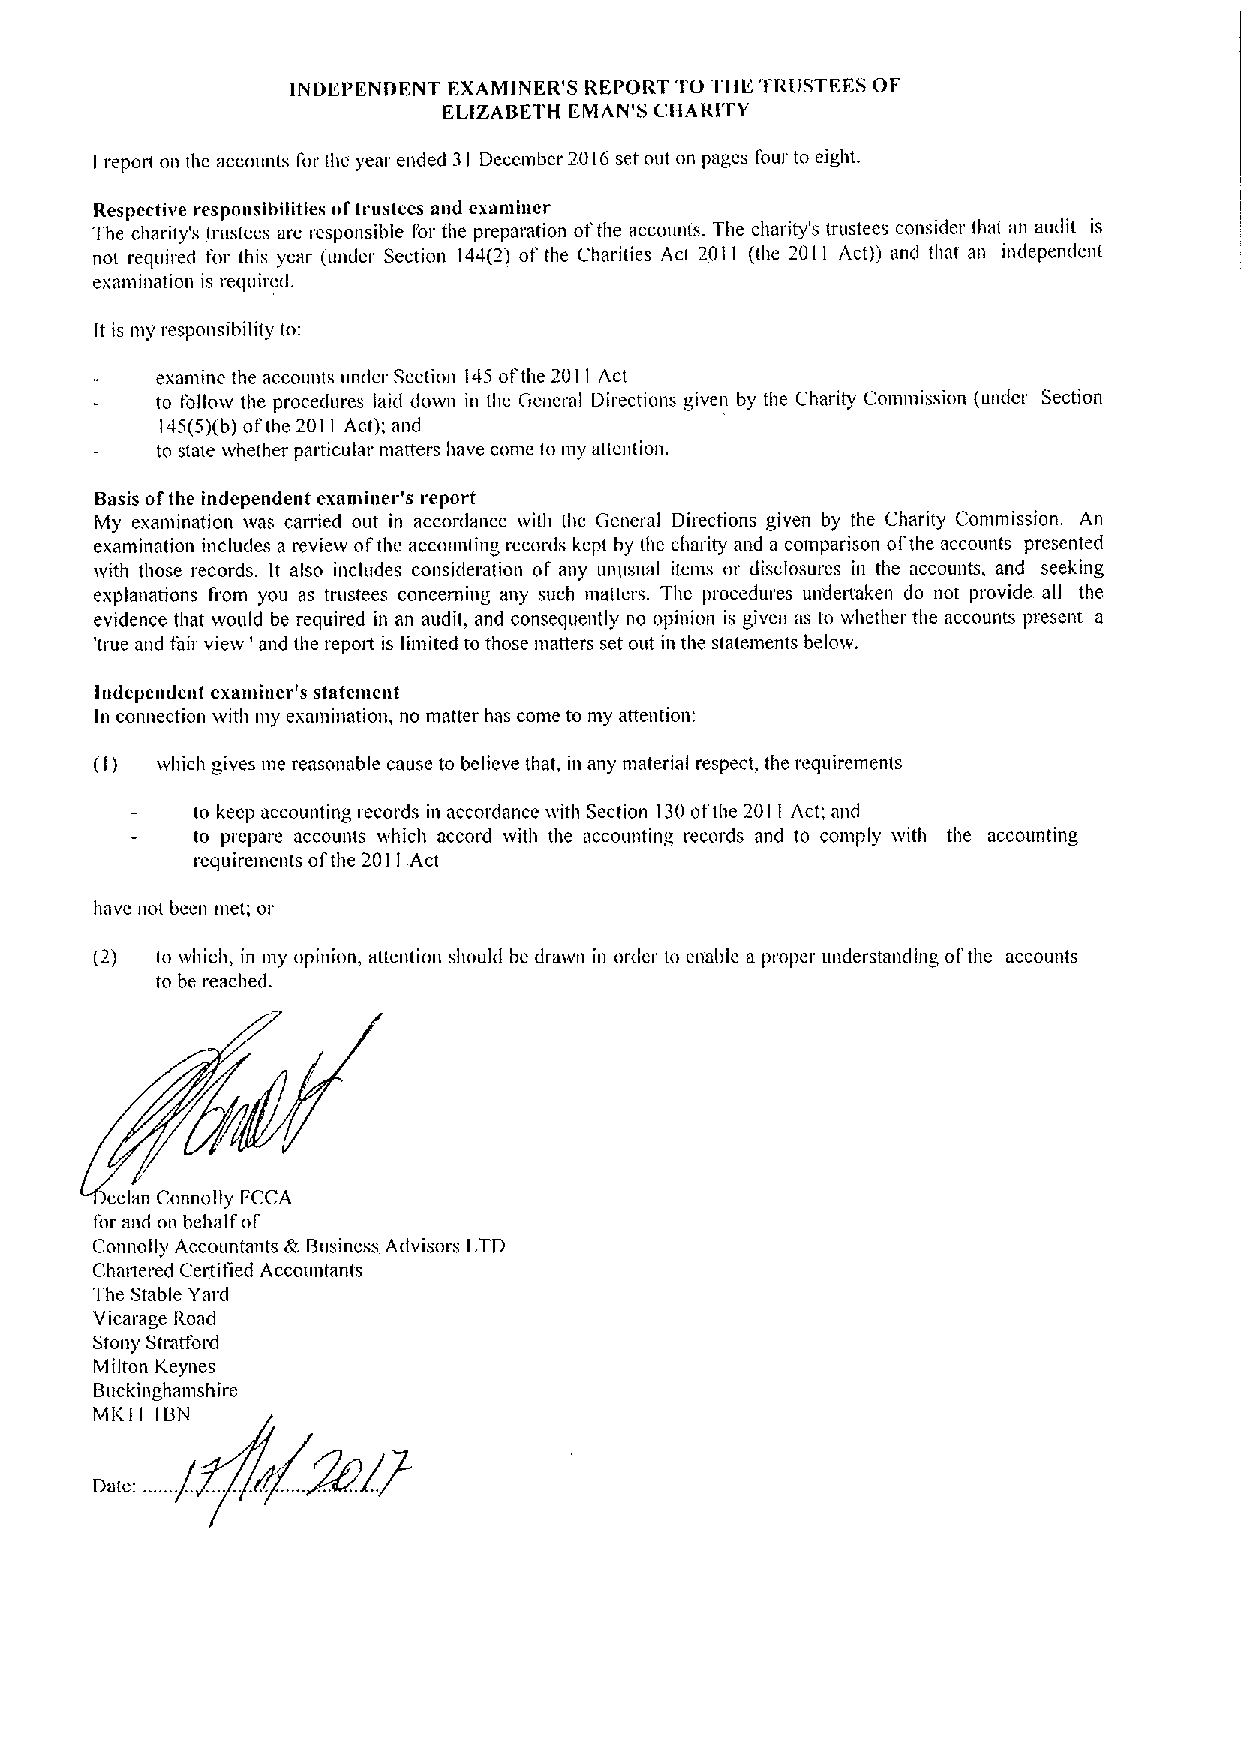
INDEPENDENT FXAMINER'S REPORT TO THE TRUSTEES OF
 ELIZABETH FMAN'S CHARITY
 report on thc accounts for the year ended 31 Deccmbcr 2016set out on pages four to eight.
 I
 Respective responsibilities oftrustees and cxamincr
 The charily's trustees are responsible I'or the preparation ofthe accounts. The charity's trustees consider that an audit is
 nol required tor this year (under Section 144(2') of the Charities Act 2011 (the 2011 Act)) and that an independent
 exan1hlatlon Is fequh'ed.
 It is my responsibility to:
 examine the accounts under Section 145ofthe 2011 Act
 to follow the procedures laid down in the General Directions given by the Charity Commission (under Section
 146(6)(b)ofthe 2011 Act); and
 to state whether particular matters have come to my attention,
 Basis ofthe independent examiner's report
 My examination was carried out in accordance with the General Directions given by the Charity Commission. An
 examination includes a review of the accounting records kept by the charity and a comparison ol'the accounts presented
 with those records. It also includes consideration of any unusual items or disclosures in the accounts, and seeking
 explanations fi'om you as trustees concenling any such matters. The procedures undetxaken do not provide all the
 evidence that would be required in an audit, and consequently no opinion is given as to whether the accounts present a
 'true and fair view ' and the report is limited tothose matters set out in the statements below.
 Independent examiner's statenlent
 In connection with my examination, no matter has come to my attention:
 (I) which gives me reasonable cause to believe that, in any material respect, the requirements
 to keep accounting records in accordance with Section 130ofthe 2011 Act; and
 to prepare accounts which accord with the accounting recolrds aml to comply lvith the accounting
 rcquiremcnts ofthe 2011 Act
 have not been met; or
 (2) to which, in my opinion, attention should be drawn in order to enable a proper understanding ol'the accounts
 to be reached.
 eclan Connolly I'CCA
 I'or and on behalf ol'
 Connolly Accountmlts k. Business Advisors LTD
 Chadered Cettified Accountan(s
 The Stable Yard
 Vicarage Road
 Sion)' Stl'atfol'cl
 Milton Keynes
 Buckinghamshire
 MKI
 I
 IBN